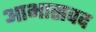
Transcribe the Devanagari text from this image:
आभासवद